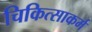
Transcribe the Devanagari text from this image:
चिकित्साकर्म